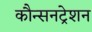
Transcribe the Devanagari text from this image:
कौन्सनट्रेशन